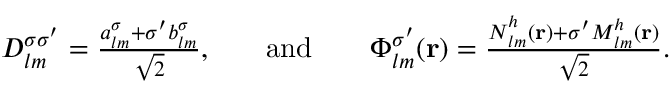
\begin{array} { r l r l r } { D _ { l m } ^ { \sigma \sigma ^ { \prime } } = \frac { { a _ { l m } ^ { \sigma } + \sigma ^ { \prime } b _ { l m } ^ { \sigma } } } { \sqrt { 2 } } , } & { } & { \mathrm { a n d } } & { } & { \boldsymbol { \Phi } _ { l m } ^ { \sigma ^ { \prime } } ( { \bf r } ) = \frac { { \boldsymbol { N } } _ { l m } ^ { h } ( { \bf r } ) + \sigma ^ { \prime } { \boldsymbol { M } } _ { l m } ^ { h } ( { \bf r } ) } { \sqrt { 2 } } . } \end{array}